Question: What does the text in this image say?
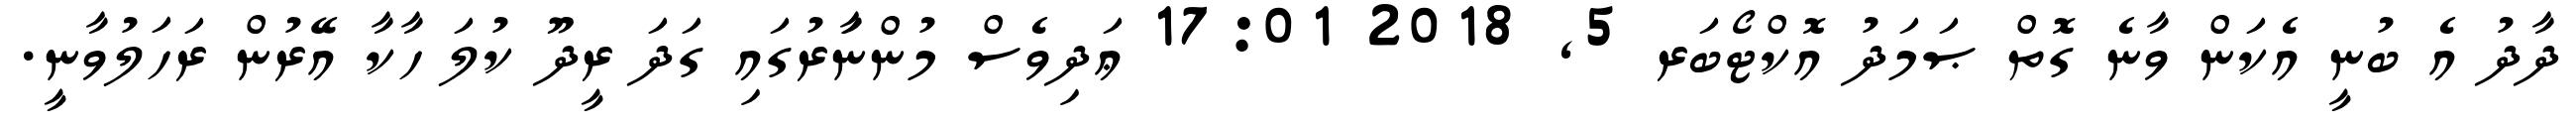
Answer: ދާދު އެ ބުނީ އެކަން ވާނެ ގޮތް ޞަމަދު އޮކްޓޯބަރ 5, 2018 17:01 ޢަދިވެސް މުންނަަާރުގައި ގަދަ ރީދޫ ކުލަ ހާކާ އޭރުން ރަހަލުވާނީ.